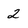
Character: 2